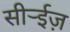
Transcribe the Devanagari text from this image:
सीर्‍ईज़